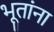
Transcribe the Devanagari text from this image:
भूतांना